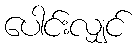
ပေါင်းလျှင်